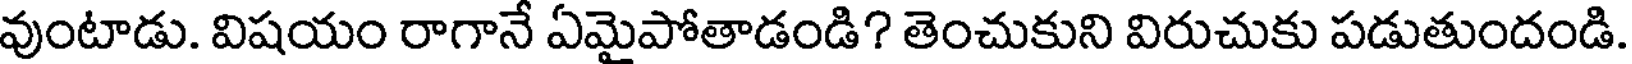
వుంటాడు. విషయం రాగానే ఏమైపోతాడండి? తెంచుకుని విరుచుకు పడుతుందండి